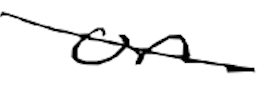
Text: on
Cross-out: diagonal
Writing tool: digital_black